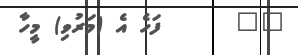
٨٨      ފަހެ އެ (މަރުވި) މީހާ